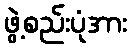
ဖွဲ့စည်းပုံအား